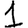
Digit: 1